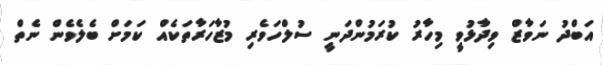
އަބްދު ނަވާޒް ވިދާޅުވީ މިހާރު ކުރަމުންދަނީ ސުލްހަވެރި މުޒާހަރާތަކެއް ކަމަށް ބެލެވެން ނެތް